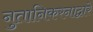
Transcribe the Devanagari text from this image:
नुतानिकरनाद्वारे